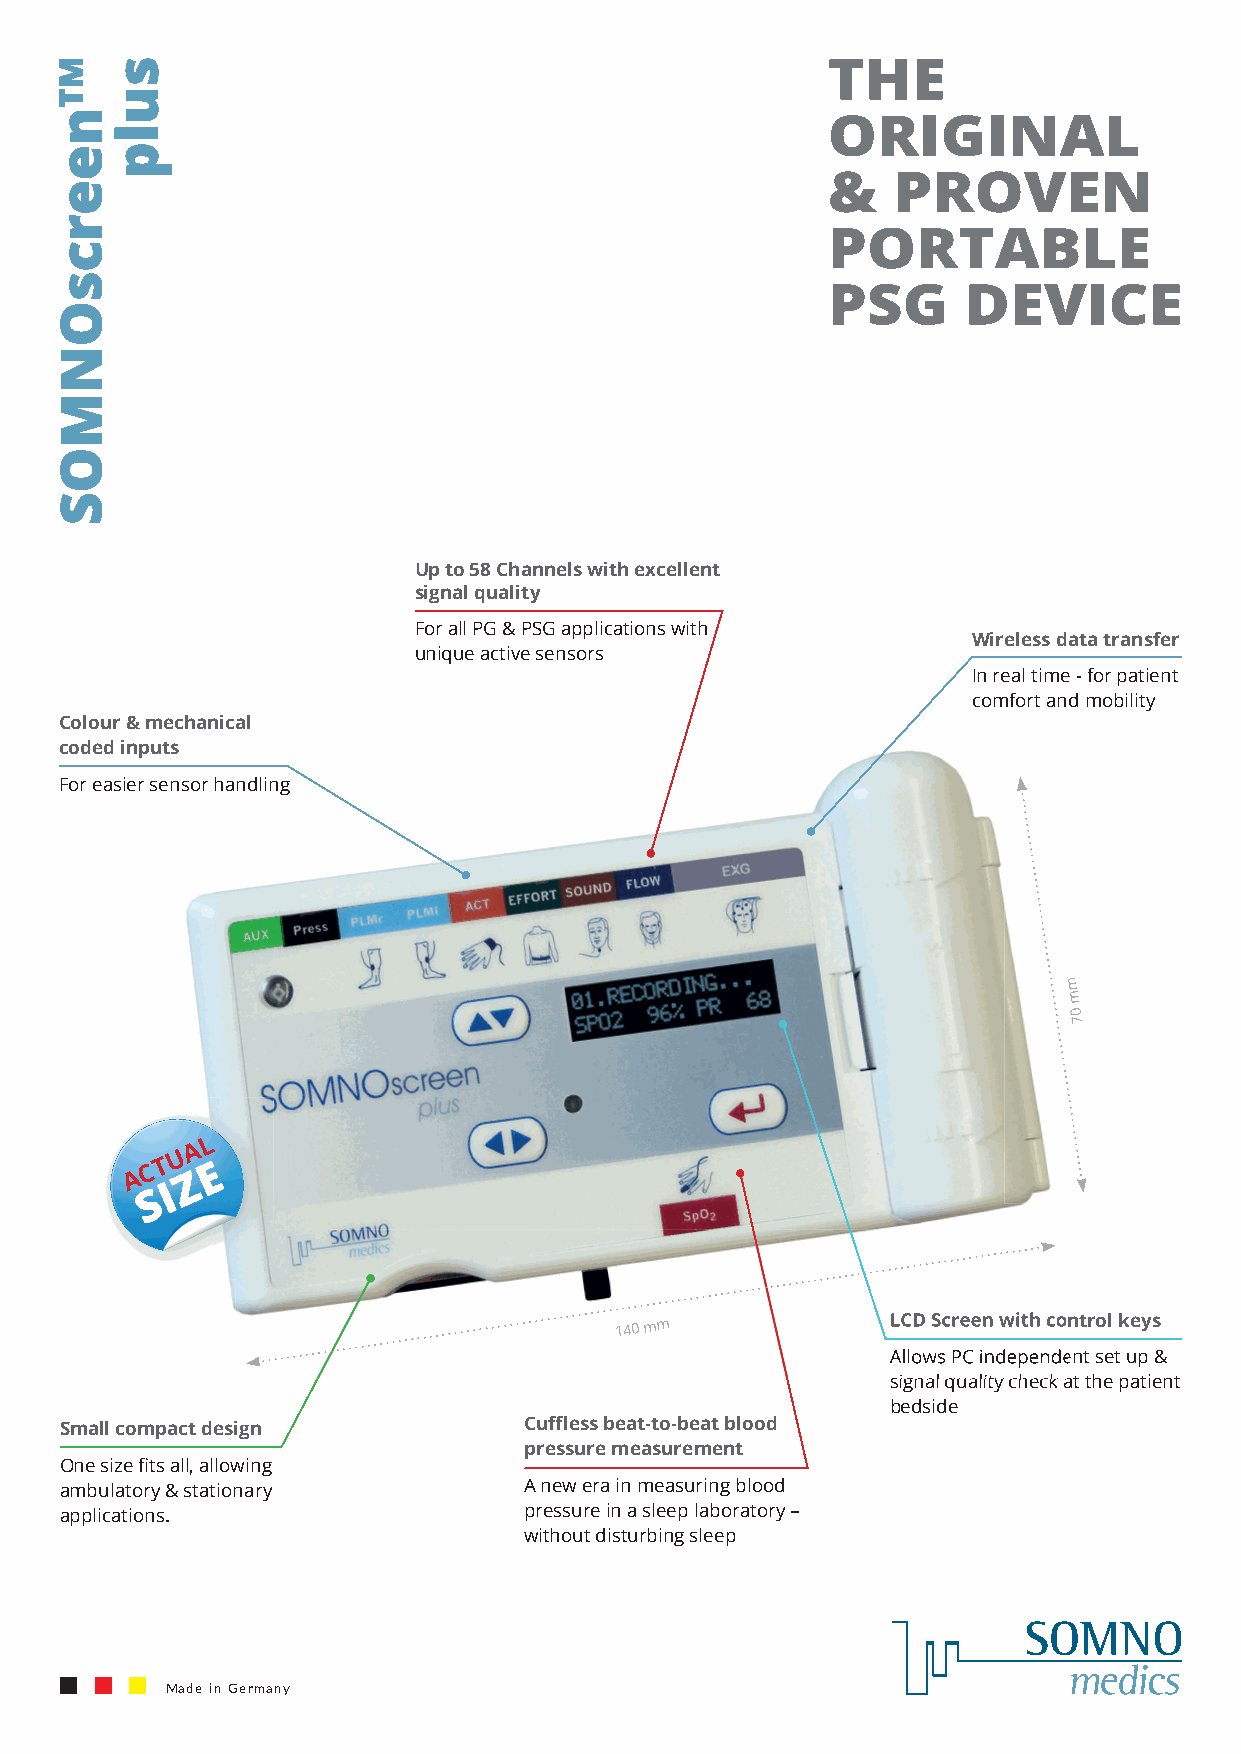
THE
 ORIGINAL
 &   PROVEN
 PORTABLE
 PSG      DEVICE
 Up to 58 Channels with excellent
 signal quality
 For all PG & PSG applications with
 Wireless data transfer
 unique active sensors
 In real time - for patient
 comfort and mobility
 Colour & mechanical
 coded inputs
 For easier sensor handling
 mm
 mm
 00
 77
 A L
 U
 C T E
 A  Z
 S I
 140 mm            LLCCDD SSccrreeeenn wwiitthh ccoonnttrrooll kkeeyyss
 AAlllloowwss PPCC iinnddeeppeennddeenntt sseett uupp &&
 ssiiggnnaall qquuaalliittyy cchheecckk aatt tthhee ppaattiieenntt
 bedside
 Small compact design           Cuffl ess beat-to-beat blood
 pressure measurement
 One size fi ts all, allowing
 ambulatory & stationary        A new era in measuring blood
 applications.                  pressure in a sleep laboratory –
 without disturbing sleep
 Made in Germany
 MMTTnneeeerrccssOONNMMOOSS ssuullpp